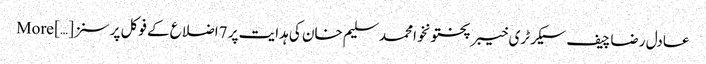
عادل رضا چیف سیکرٹری خیبر پختونخوا محمد سلیم خان کی ہدایت پر 7اضلاع کے فوکل پرسنز […] More